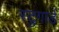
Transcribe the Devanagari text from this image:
स्टुगार्ड